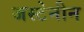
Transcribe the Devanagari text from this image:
जस्टेनीन